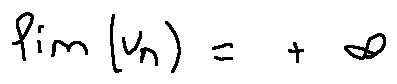
\lim ( u _ { n } ) = + \infty